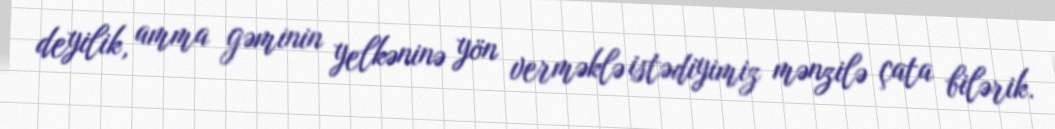
deyilik, amma gəminin yelkəninə yön verməklə istədiyimiz mənzilə çata bilərik.